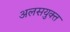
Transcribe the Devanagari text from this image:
अलसयुक्त